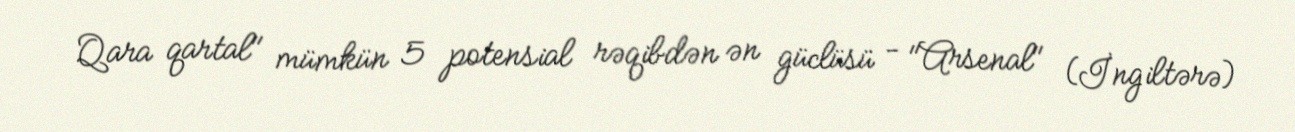
Qara qartal" mümkün 5 potensial rəqibdən ən güclüsü - "Arsenal" (İngiltərə)